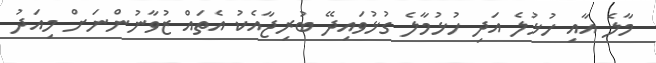
މާލެ އާއި ހުޅުލެ އަދި ހުޅުމާލެ ގުޅުވައިދޭ ބުރިޖާއެކު އެތައް ޒުވާނުންނަށް މިއަދު